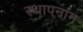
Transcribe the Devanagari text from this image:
स्थापनांग